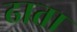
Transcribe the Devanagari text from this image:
ढाता